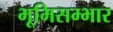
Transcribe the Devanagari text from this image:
भूमिसम्भार